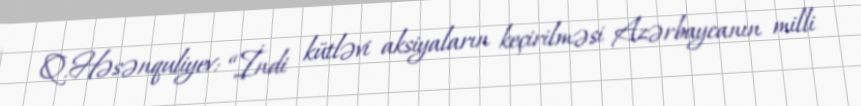
Q.Həsənquliyev: “İndi kütləvi aksiyaların keçirilməsi Azərbaycanın milli